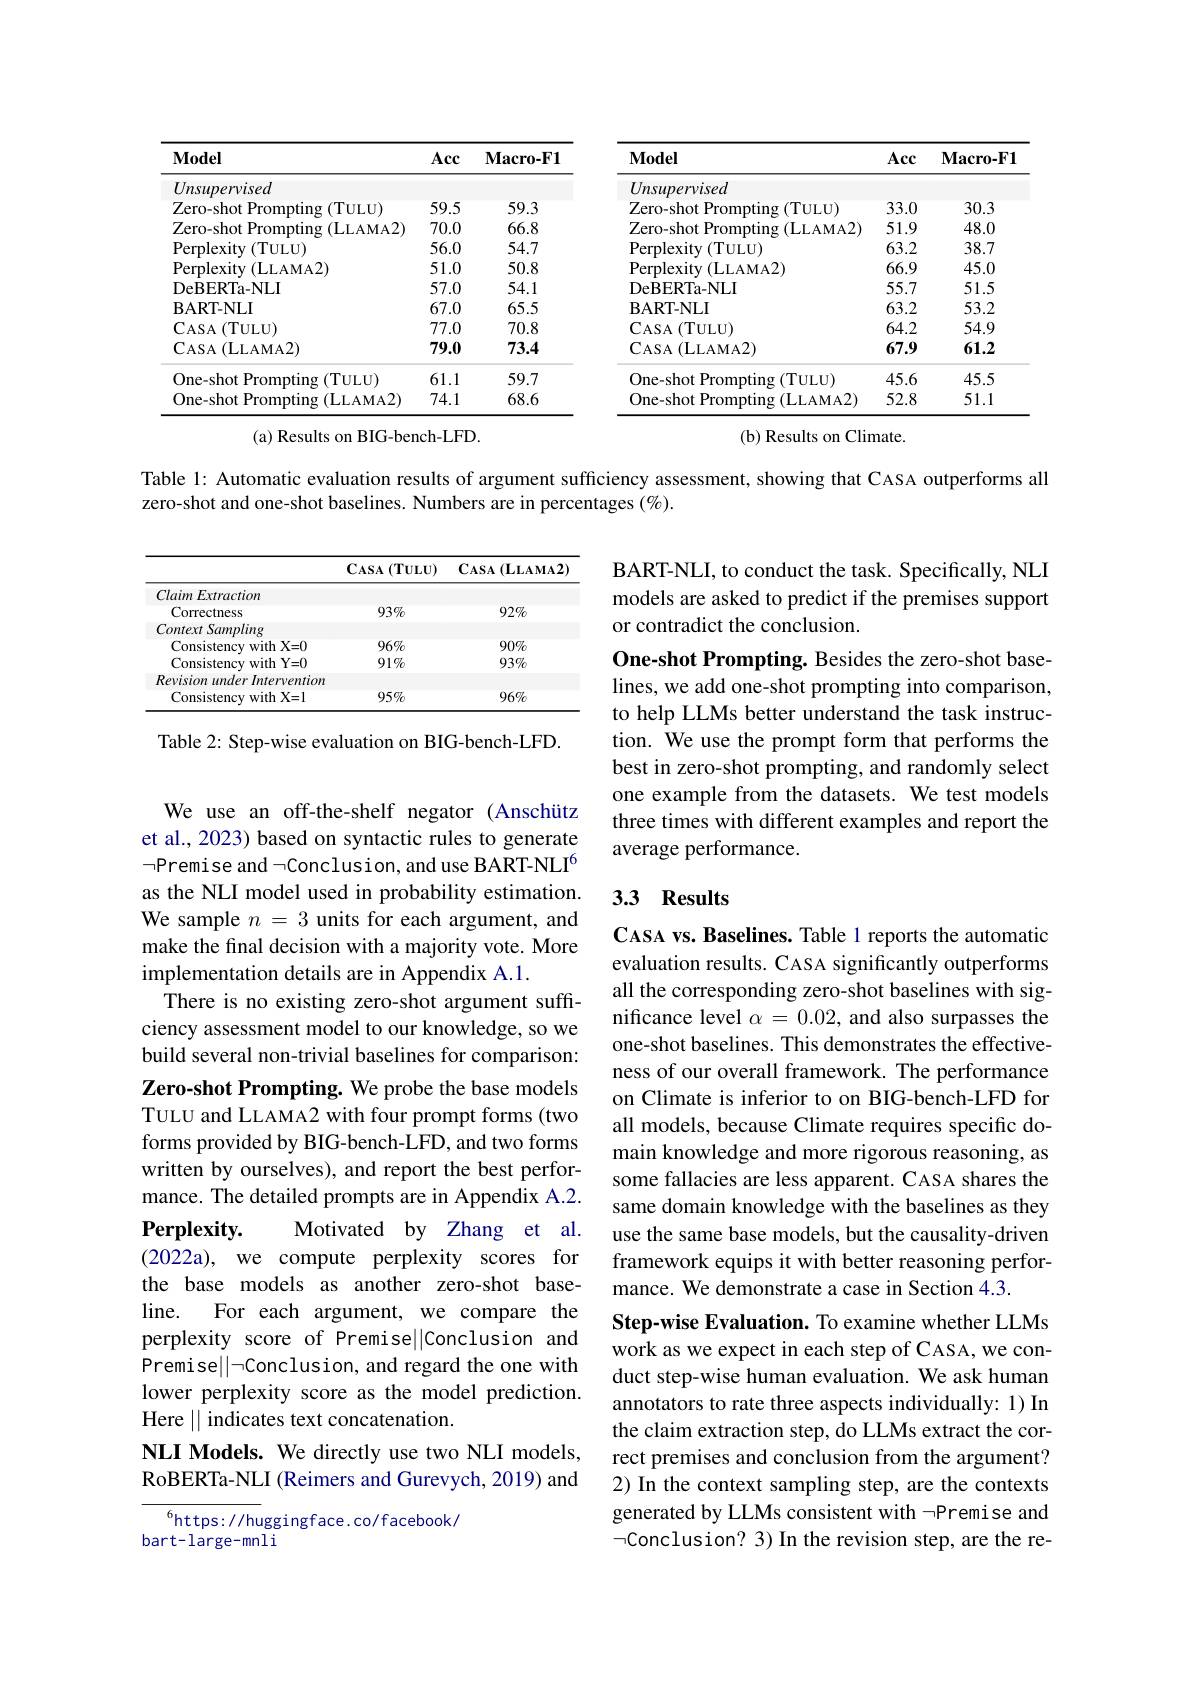
<table>
	<tbody>
		<tr>
			<th>$\mathbf{Model}$</th>
			<th>Acc</th>
			<th>$\mathbf{Macro-F1}$</th>
			<th>$\mathbf{Model}$</th>
			<th>Acc</th>
			<th>$\mathbf{Macro-F1}$</th>
		</tr>
		<tr>
			<td>Unsupervised</td>
			<td> </td>
			<td> </td>
			<td>Unsupervised</td>
			<td> </td>
			<td> </td>
		</tr>
		<tr>
			<td>Zero-shot Prompting $\mathbf{r}(\mathbf{TULU})$</td>
			<td>59.5</td>
			<td>59.3</td>
			<td>Zero-shot Prompting (TULU)</td>
			<td>33.0</td>
			<td>30.3</td>
		</tr>
		<tr>
			<td>Zero-shot Prompting $\mathbf{g} \left ( \mathrm{LLAMA2}\right )$</td>
			<td>70.0</td>
			<td>66.8</td>
			<td>Zero- shot Prompting ( LLAMA2) </td>
			<td>51.9</td>
			<td>48.0</td>
		</tr>
		<tr>
			<td>Perplexity ( TULU) </td>
			<td>56.0</td>
			<td>54.7</td>
			<td>Perplexity ( TULU) </td>
			<td>63.2</td>
			<td>38.7</td>
		</tr>
		<tr>
			<td>Perplexitv $\nu\left(\mathrm{LLAMA2}\right)$</td>
			<td>51.0</td>
			<td>50.8</td>
			<td>Perplexity ( LLAMA2) </td>
			<td>66.9</td>
			<td>45.0</td>
		</tr>
		<tr>
			<td>DeBERTa-NLI</td>
			<td>57.0</td>
			<td>54.1</td>
			<td>DeBERTa-NLI</td>
			<td>55.7</td>
			<td>51.5</td>
		</tr>
		<tr>
			<td>BART-NLI</td>
			<td>67.0</td>
			<td>65.5</td>
			<td>$\mathbf{BART-NLI}$</td>
			<td>63.2</td>
			<td>53.2</td>
		</tr>
		<tr>
			<td>CASA$\left ( \mathrm{TULU}\right )$</td>
			<td>77.0</td>
			<td>70.8</td>
			<td>CASA$\left ( \mathrm{TULU}\right )$</td>
			<td>64.2</td>
			<td>54.9</td>
		</tr>
		<tr>
			<td>CASA$\left ( \mathrm{LLAMA2}\right )$</td>
			<td>79.0</td>
			<td>73.4</td>
			<td>CASA$\left ( \mathrm{LLAMA2}\right )$</td>
			<td>67.9</td>
			<td>61.2</td>
		</tr>
		<tr>
			<td>One-shot Prompting (TULU)</td>
			<td>61.1</td>
			<td>59.7</td>
			<td>One-shot Prompting (TULU)</td>
			<td>45.6</td>
			<td>45.5</td>
		</tr>
		<tr>
			<td>One-shot Prompting ${\mathrm{g}}\left(\mathrm{LLAMA2}\right)$</td>
			<td>74.1</td>
			<td>68.6</td>
			<td>One-shot Prompting (LLAMA2)</td>
			<td>52.8</td>
			<td>51.1</td>
		</tr>
	</tbody>
</table>
(a) Results on

Results on Climate.

Table l: Automatic evaluation results of argument sufficiency assessment, showing that CASA outperforms all

zero-shot and one-shot baselines. Numbers are in percentages $(\%).$

BART-NLI, to conduct the task. Specifically, NLI models are asked to predict if the premises support or contradict the conclusion.

<table>
	<tbody>
		<tr>
			<th> </th>
			<th>$CASA$ $(\mathbf{TULU})$</th>
			<th>$\mathbf{C}_{\mathrm{ASA}}\left(\mathbf{L}_{\mathrm{LAMA2}}\right)$</th>
		</tr>
		<tr>
			<td>Claim Extraction</td>
			<td> </td>
			<td> </td>
		</tr>
		<tr>
			<td>Correctness</td>
			<td>$93\%$</td>
			<td>$92\%$</td>
		</tr>
		<tr>
			<td>tSampling Context</td>
			<td> </td>
			<td> </td>
		</tr>
		<tr>
			<td>Consistency with $1X=0$</td>
			<td>$96\%$</td>
			<td>$90\%$</td>
		</tr>
		<tr>
			<td>Consistency with $1Y=0$</td>
			<td>$91\%$</td>
			<td>$93\%$</td>
		</tr>
		<tr>
			<td>Revision under Intervention Consistency with X=1</td>
			<td>$95\%$</td>
			<td>$96\%$</td>
		</tr>
		<tr>
			<td>Revision under Intervention</td>
			<td> </td>
			<td> </td>
		</tr>
		<tr>
			<td>Consistency with $1X=1$</td>
			<td>$95\%$</td>
			<td>$96\%$</td>
		</tr>
	</tbody>
</table>

One-shot Prompting. Besides the zero-shot baselines, we add one-shot prompting into comparison, to help LLMs better understand the task instruction. We use the prompt form that performs the best in zero-shot prompting, and randomly select one example from the datasets. We test models three times with different examples and report the average performance.

Table 2: Step-wise evaluation on BIG-bench-LFD.

# 3.3 Results

We use an off-the-shelf negator (Anschütz et al., 2023) based on syntactic rules to generate $\neg$Premise and ¬Conclusion, and use BART-NLI$^6$ as the NLI model used in probability estimation. We sample $n=3$ units for each argument, and make the final decision with a majority vote. More implementation details are in Appendix A.1.
There is no existing zero-shot argument sufficiency assessment model to our knowledge, so we build several non-trivial baselines for comparison: Zero-shot Prompting. We probe the base models TULU and LLAMA2 with four prompt forms (two forms provided by BIG-bench-LFD, and two forms written by ourselves), and report the best performance. The detailed prompts are in Appendix A.2. $\mathbf{Perplexity}.$
Motivated by Zhang et al.
(2022a), we compute perplexity scores for the base models as another zero-shot base- $line.$
For each argument, we compare the
perplexity score of Premise||Conclusion and Premise$||\neg$Conclusion, and regard the one with lower perplexity score as the model prediction. Here || indicates text concatenation.
NLI Models. We directly use two NLI models, RoBERTa-NLI (Reimers and Gurevych, 2019) and

CASA vs. Baselines. Table 1 reports the automatic evaluation results. CASA significantly outperforms all the corresponding zero-shot baselines with significance level $\alpha=0.02$, and also surpasses the one-shot baselines. This demonstrates the effectiveness of our overall framework. The performance on Climate is inferior to on BIG-bench-LFD for all models, because Climate requires specific domain knowledge and more rigorous reasoning, as some fallacies are less apparent. CASA shares the same domain knowledge with the baselines as they use the same base models, but the causality-driven framework equips it with better reasoning performance. We demonstrate a case in Section 4.3.
Step-wise Evaluation. To examine whether LLMs work as we expect in each step of CASA, we conduct step-wise human evaluation. We ask human annotators to rate three aspects individually: 1) In the claim extraction step, do LLMs extract the correct premises and conclusion from the argument? 2) In the context sampling step, are the contexts generated by LLMs consistent with -Premise and $\neg$Conclusion? 3) In the revision step, are the re-

${^6\mathrm{https:}//\mathrm{huggingface.co/facebook/}}$
bart-large-mnli